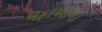
નફાઓના